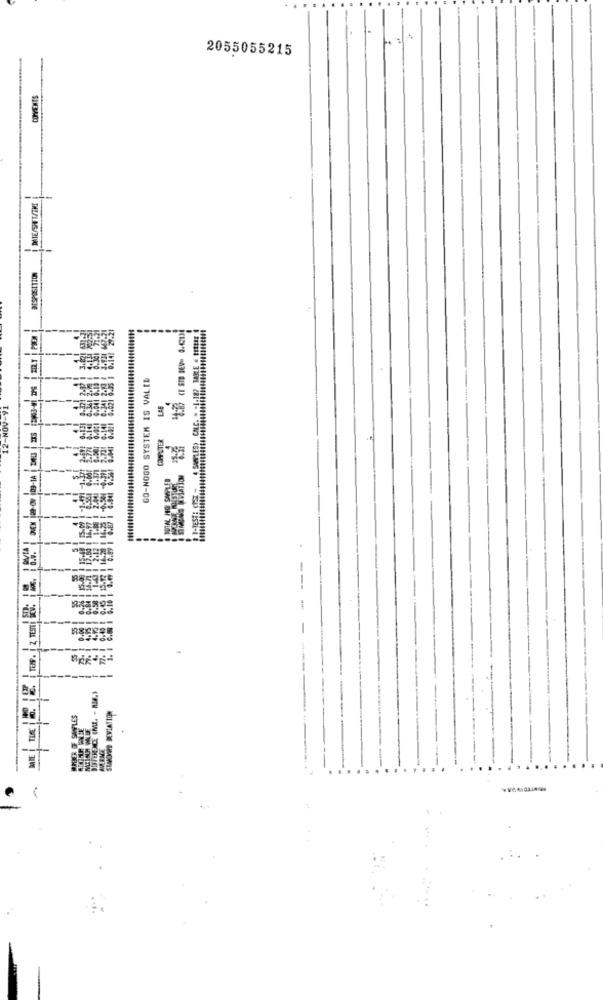
2055055215
SIMBADO
GO-NOGO SYSTEM IS VALID
LAB
12-NOV-1
---
---